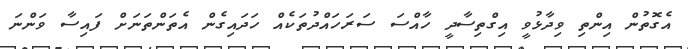
އެގޮތުން އިންތި ވިދާޅުވީ އިގްތިސާދީ ހާއްސަ ސަރަހައްދުތަކެއް ހަދައިގެން އެތަންތަނަށް ފައިސާ ވަންނަ